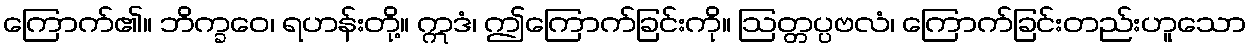
ကြောက်၏။ ဘိက္ခဝေ၊ ရဟန်းတို့။ ဣဒံ၊ ဤကြောက်ခြင်းကို။ ဩတ္တပ္ပဗလံ၊ ကြောက်ခြင်းတည်းဟူသော